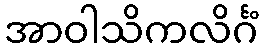
အာဝါသိကလိင်္ဂံ